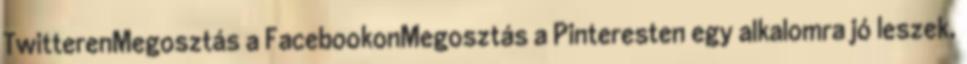
TwitterenMegosztás a FacebookonMegosztás a Pinteresten egy alkalomra jó leszek,